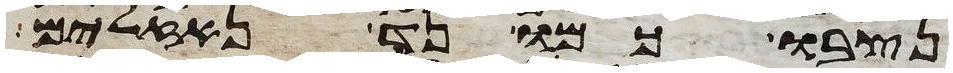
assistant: נצבו כמו נד נזלים